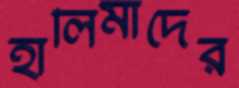
হালিমাদের